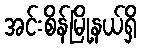
အင်းစိန်မြို့နယ်ရှိ